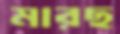
মারছ